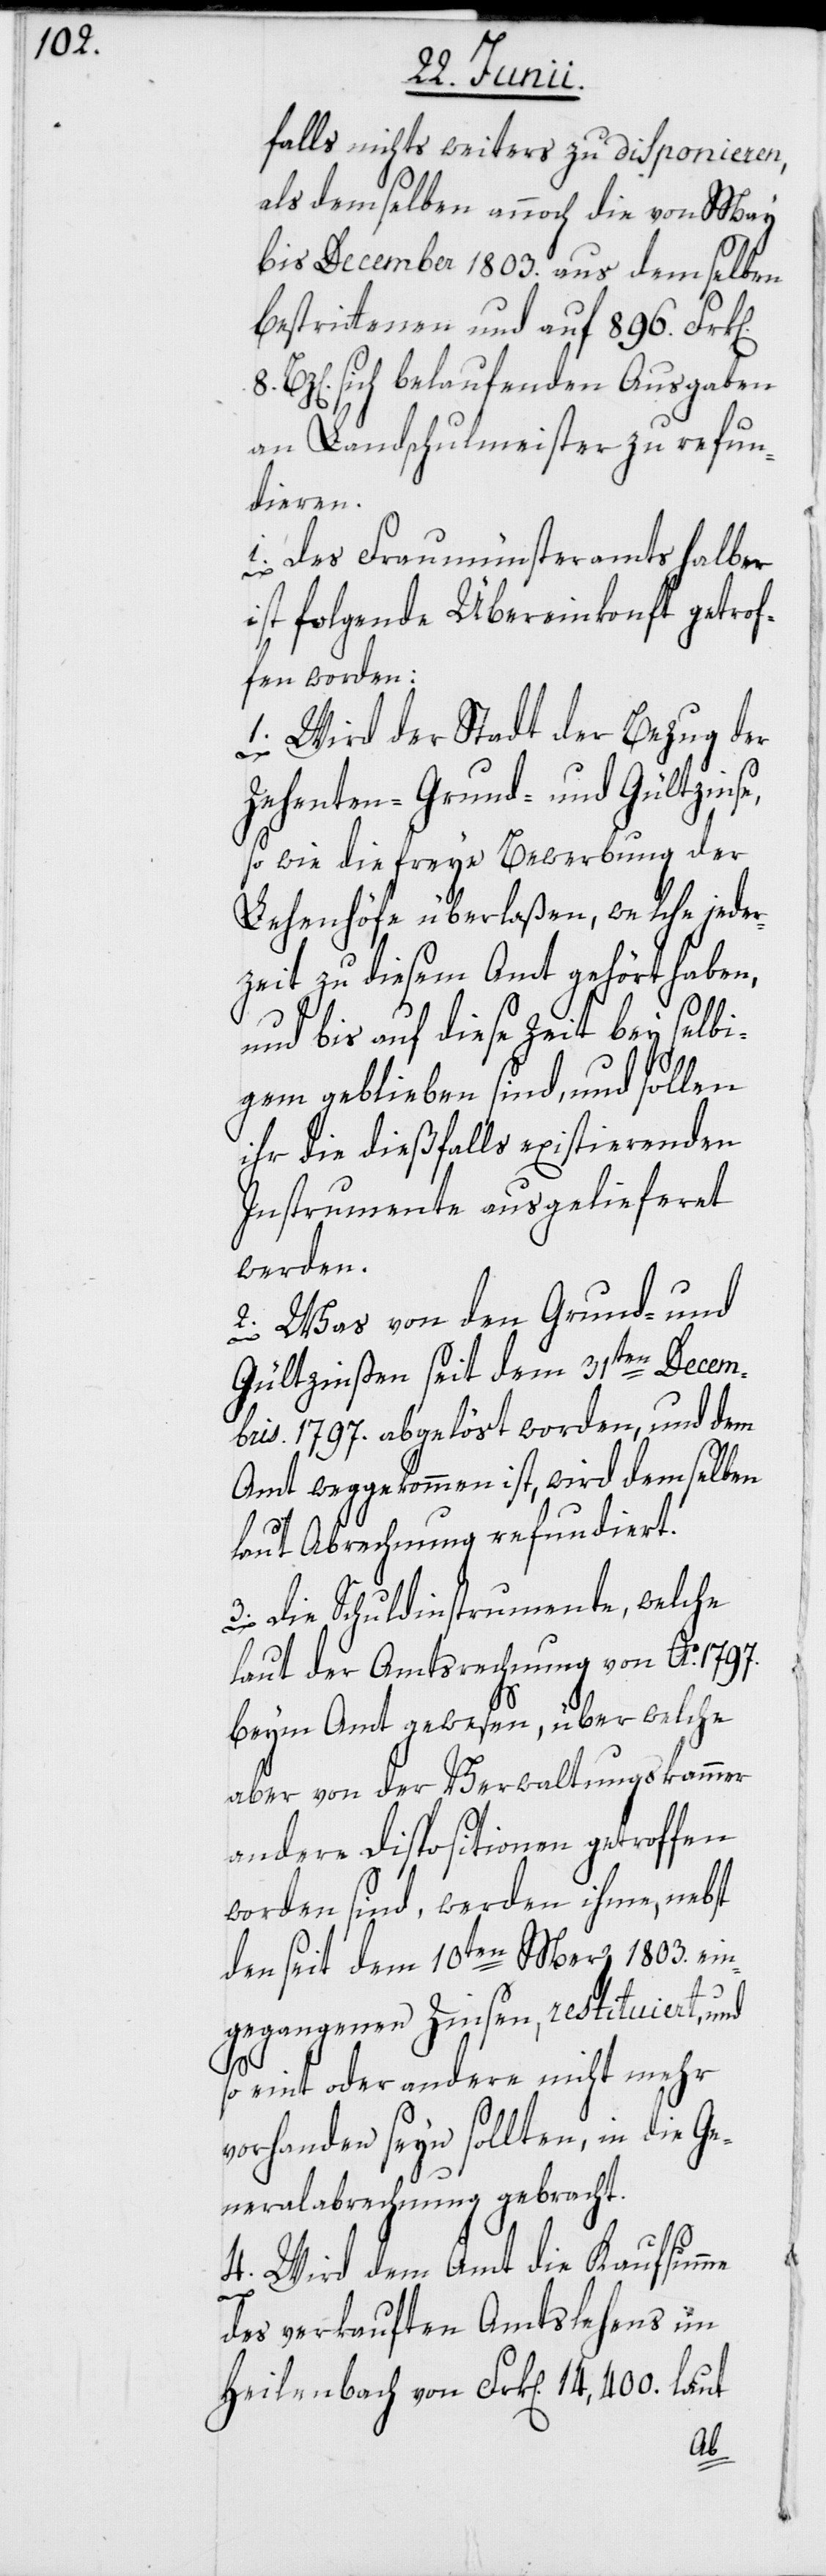
falls nichts weiters zu disponieren,
als demselben annoch die von May
bis December 1803. aus demselben
bestrittenen und auf 896. Frk[e¬
Bz[en]. sich belaufenden Ausgaben
an Landschulmeister zu refun¬
dieren.
i. Des Fraumünsteramts halber
ist folgende Übereinkonft getrof¬
fen worden:
1. Wird der Stadt der Bezug der
Zehenten-[,] Grund- und Gültzinse,
so wie die freye Bewerbung der
Lehenhöfe überlaßen, welche jeder¬
zeit zu diesem Amt gehört haben,
und bis auf diese Zeit bey selbi¬
gem geblieben sind, und sollen
ihr die dießfalls existierenden
Instrumente ausgelieferet
werden.
2. Was von den Grund- und
Gültzinsen seit dem 31ten Decem¬
bris 1797. abgelöst worden, und dem
Amt weggekommen ist, wird demselben
8.
laut Abrechnung refundiert.
3. Die Schuldinstrumente, welche
laut der Amtsrechnung von Ao. 1797.
beym Amt gewesen, über welche
aber von der Verwaltungskammer
andere Dispositionen getroffen
worden sind, werden ihme, nebst
den seit dem 10ten Merz 1803. ein¬
gegangenen Zinsen, restituiert, und
so eint oder andere nicht mehr
vorhanden seyn sollten, in die Ge¬
neralabrechnung gebracht.
4. Wird dem Amt die Kaufsumme
n].
des verkauften Amtslehens im
Heilenbach von Frk[en]. 14,400. laut
Ab-